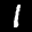
Label: 1